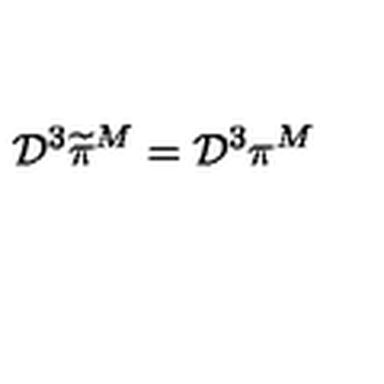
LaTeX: { \cal D } ^ { 3 } \widetilde { \pi } ^ { M } = { \cal D } ^ { 3 } \pi ^ { M }